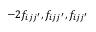
- 2 f _ { i j j ^ { \prime } } , f _ { i j j ^ { \prime } } , f _ { i j j ^ { \prime } }